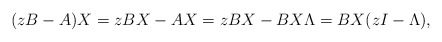
\begin{align*}(zB - A) X = z B X - A X = z B X-B X \Lambda = B X (z I - \Lambda),\end{align*}